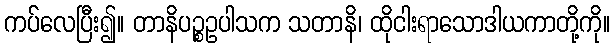
ကပ်လေပြီး၍။ တာနိပဉ္စဥပါသက သတာနိ၊ ထိုငါးရာသောဒါယကာတို့ကို။